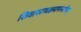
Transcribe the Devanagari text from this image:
शिवापराधक्षमापनस्तोत्रम्